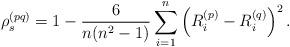
LaTeX: \begin{align*} \rho^{(pq)}_s = 1 - \frac{6}{n (n^2 - 1)} \sum_{i = 1}^n \left(R_i^{(p)} - R_i^{(q)}\right)^2.\end{align*}